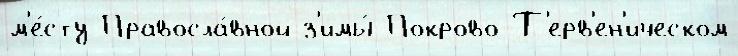
м'е́сту Правосла́вной з'имы́ Покрово-Т'ерв'ен'ическом